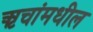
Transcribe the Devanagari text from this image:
ऋचांमधील